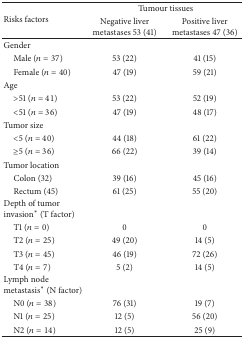
| <ROWSPAN=2> Risks factors | <COLSPAN=2> Tumour tissues |
 | Negative liver metastases 53 (41) | Positive liver metastases 47 (36) |
 | --- | --- | --- |
 | Gender |  |  |
 | Male (n = 37) | 53 (22) | 41 (15) |
 | Female (n = 40) | 47 (19) | 59 (21) |
 | Age |  |  |
 | >51 (n = 41) | 53 (22) | 52 (19) |
 | <51 (n = 36) | 47 (19) | 48 (17) |
 | Tumor size |  |  |
 | <5 (n = 40) | 44 (18) | 61 (22) |
 | ≥5 (n = 36) | 66 (22) | 39 (14) |
 | Tumor location |  |  |
 | Colon (32) | 39 (16) | 45 (16) |
 | Rectum (45) | 61 (25) | 55 (20) |
 | Depth of tumor invasion∗ (T factor) |  |  |
 | T1 (n = 0) | 0 | 0 |
 | T2 (n = 25) | 49 (20) | 14 (5) |
 | T3 (n = 45) | 46 (19) | 72 (26) |
 | T4 (n = 7) | 5 (2) | 14 (5) |
 | Lymph node metastasis∗ (N factor) |  |  |
 | N0 (n = 38) | 76 (31) | 19 (7) |
 | N1 (n = 25) | 12 (5) | 56 (20) |
 | N2 (n = 14) | 12 (5) | 25 (9) |